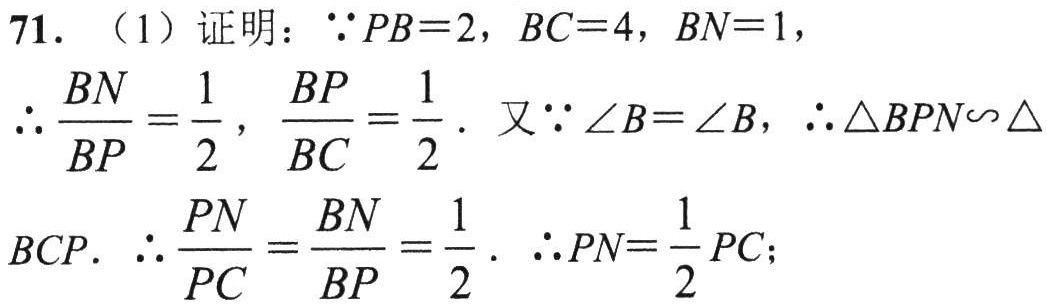
71. （1）证明：\(\because PB = 2\)，\(BC = 4\)，\(BN = 1\)，
\(\therefore \dfrac{BN}{BP}=\dfrac{1}{2}\)，\(\dfrac{BP}{BC}=\dfrac{1}{2}\). 又\(\because \angle B=\angle B\)，\(\therefore \triangle BPN\backsim\triangle\)
\(BCP\). \(\therefore \dfrac{PN}{PC}=\dfrac{BN}{BP}=\dfrac{1}{2}\). \(\therefore PN=\dfrac{1}{2}PC\)；